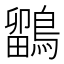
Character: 鶹